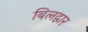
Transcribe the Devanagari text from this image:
बिलद्वार